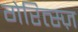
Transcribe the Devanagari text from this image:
गेरित्स्ज़